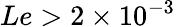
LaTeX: Le>2\times 10^{-3}